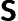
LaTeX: \mathsf{\pmb S}